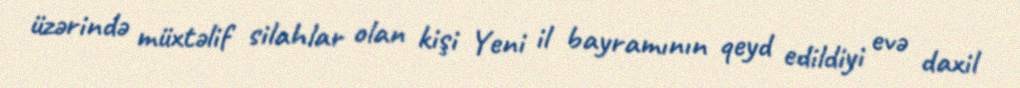
üzərində müxtəlif silahlar olan kişi Yeni il bayramının qeyd edildiyi evə daxil